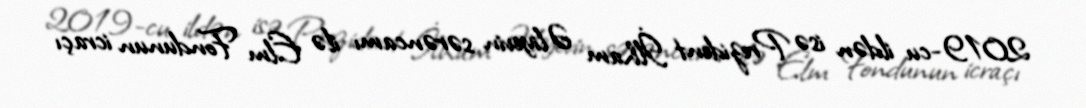
2019-cu ildən isə Prezident İlham Əliyevin sərəncamı ilə Elm Fondunun icraçı